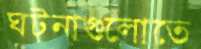
ঘটনাগুলোতে